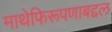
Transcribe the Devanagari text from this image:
माथेफिरूपणाबद्दल